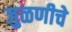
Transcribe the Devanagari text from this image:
जुळणीचे